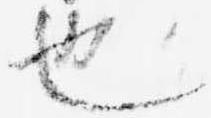
也